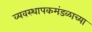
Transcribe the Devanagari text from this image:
व्यवस्थापकमंडळाच्या